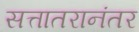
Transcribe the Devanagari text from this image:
सत्तातरानंतर